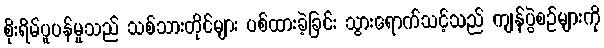
စိုးရိမ်ပူပန်မှုသည် သစ်သားတိုင်များ ပစ်ထားခဲ့ခြင်း သွားရောက်သင့်သည် ကျန်ပွဲစဉ်များကို